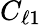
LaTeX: C_{\ell 1}